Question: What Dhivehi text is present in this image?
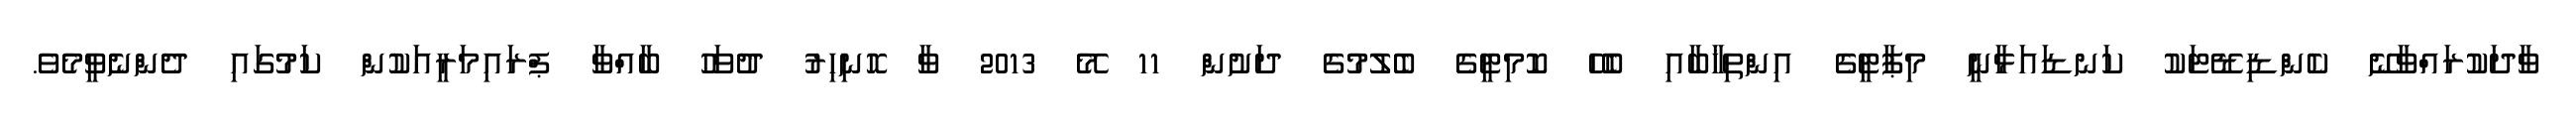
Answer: ވާދަކުރައްވާނޭ ކެންޑިޑޭޓަކު ކަނޑައަޅާނީ މިޕާޓީގެ އިންތިޚާބާއި ބެހޭ ކޮމިޓީގެ ބެލުމުގެ ދަށުން 11 މޭ 2013 ވާ ހޮނިހިރު ދުވަހު ބާއްވާ ޕްރައިމަރީއަކުން ކަމުގައި ދެންނެވީމެވެ.